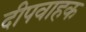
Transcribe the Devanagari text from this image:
दीपवाहक